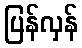
ပြန်လှန်